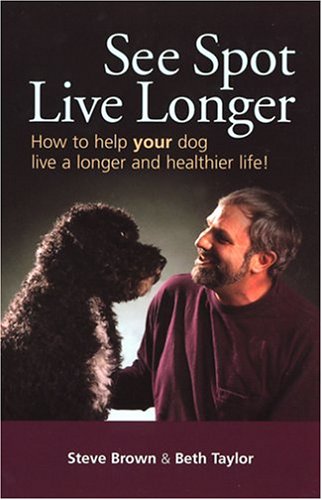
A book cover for See Spot Live Longer; Steve Brown; Crafts, Hobbies & Home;